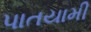
પાતયામી